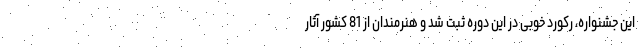
این جشنواره، رکورد خوبی در این دوره ثبت شد و هنرمندان از 81 کشور آثار